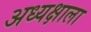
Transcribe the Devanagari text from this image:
अध्यक्षाला